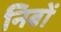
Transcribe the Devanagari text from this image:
निबों